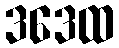
ဒဒေထ